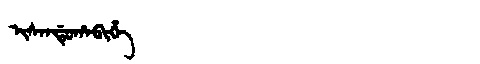
Manchu: ᡳᠰᠠᠨᡩᡠᡥᠠᠪᡳᡥᡝ
Romanization: ISANDUHABIHE